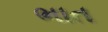
ભાત